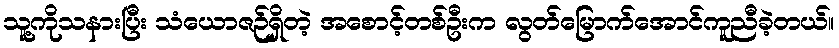
သူ့ကိုသနားပြီး သံယောဇဉ်ရှိတဲ့ အစောင့်တစ်ဦးက လွတ်မြောက်အောင်ကူညီခဲ့တယ်။